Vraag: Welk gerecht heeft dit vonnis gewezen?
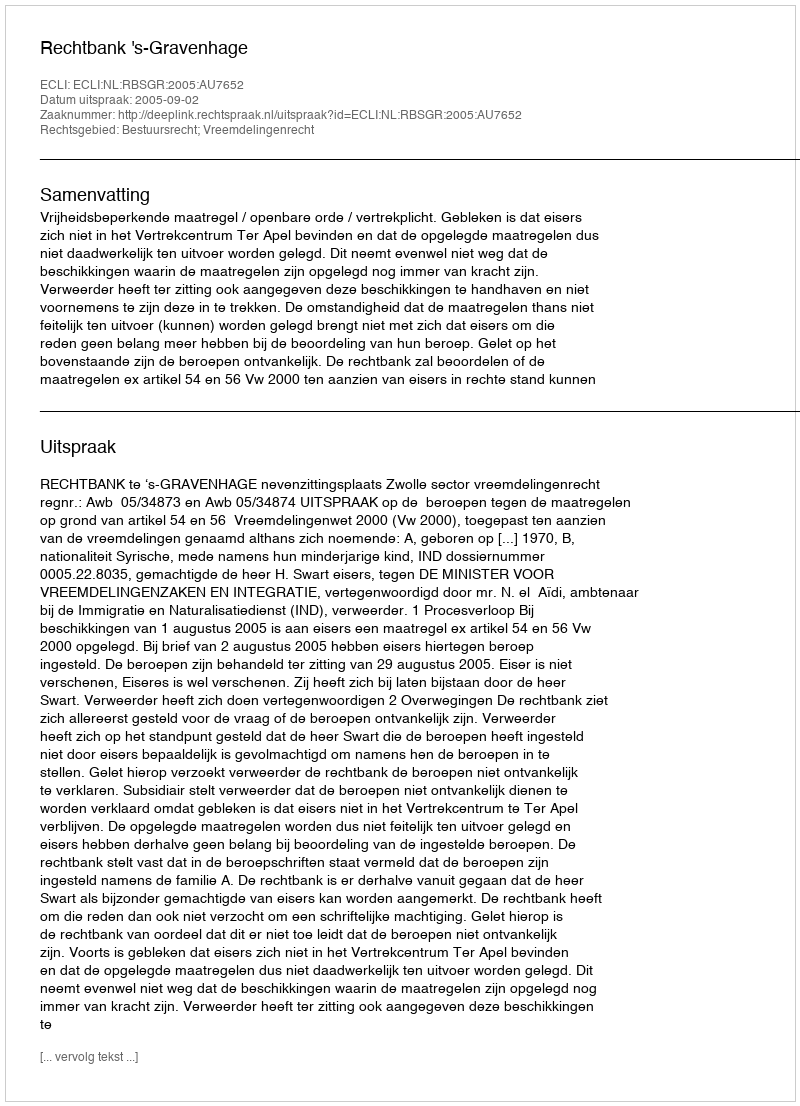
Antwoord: Rechtbank 's-Gravenhage